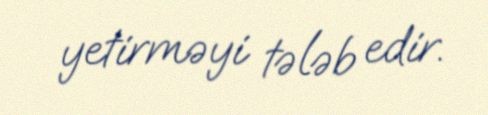
yetirməyi tələb edir.